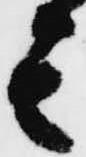
其